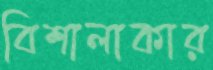
বিশালাকার